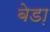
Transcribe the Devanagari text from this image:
बेडा़